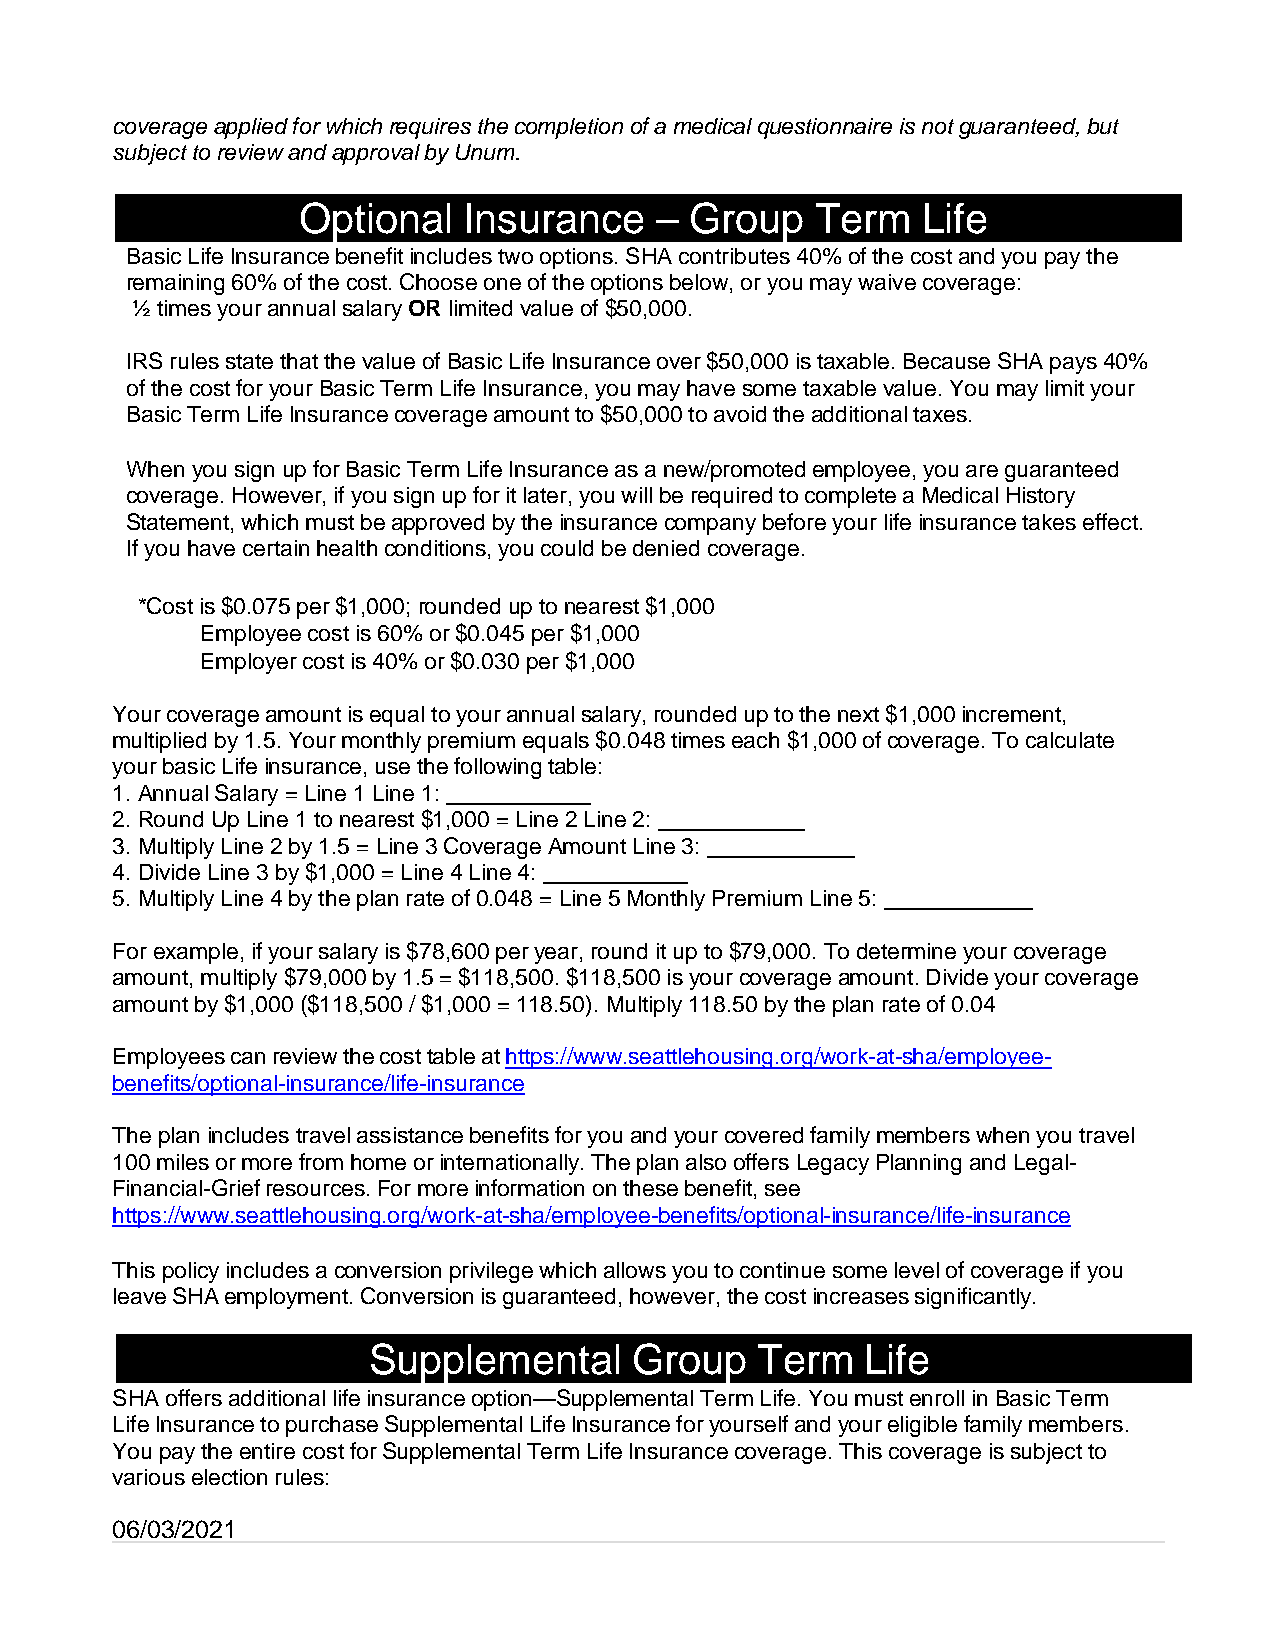
coverage applied for which requires the completion of a medical questionnaire is not guaranteed, but
 subject to review and approval by Unum.
 Optional   Insurance   –  Group   Term   Life
 Basic Life Insurance benefit includes two options. SHA contributes 40% of the cost and you pay the
 remaining 60% of the cost. Choose one of the options below, or you may waive coverage:
 ½ times your annual salary OR limited value of $50,000.
 IRS rules state that the value of Basic Life Insurance over $50,000 is taxable. Because SHA pays 40%
 of the cost for your Basic Term Life Insurance, you may have some taxable value. You may limit your
 Basic Term Life Insurance coverage amount to $50,000 to avoid the additional taxes.
 When you sign up for Basic Term Life Insurance as a new/promoted employee, you are guaranteed
 coverage. However, if you sign up for it later, you will be required to complete a Medical History
 Statement, which must be approved by the insurance company before your life insurance takes effect.
 If you have certain health conditions, you could be denied coverage.
 *Cost is $0.075 per $1,000; rounded up to nearest $1,000
 Employee cost is 60% or $0.045 per $1,000
 Employer cost is 40% or $0.030 per $1,000
 Your coverage amount is equal to your annual salary, rounded up to the next $1,000 increment,
 multiplied by 1.5. Your monthly premium equals $0.048 times each $1,000 of coverage. To calculate
 your basic Life insurance, use the following table:
 1. Annual Salary = Line 1 Line 1:
 2. Round Up Line 1 to nearest $1,000 = Line 2 Line 2:
 3. Multiply Line 2 by 1.5 = Line 3 Coverage Amount Line 3:
 4. Divide Line 3 by $1,000 = Line 4 Line 4:
 5. Multiply Line 4 by the plan rate of 0.048 = Line 5 Monthly Premium Line 5:
 For example, if your salary is $78,600 per year, round it up to $79,000. To determine your coverage
 amount, multiply $79,000 by 1.5 = $118,500. $118,500 is your coverage amount. Divide your coverage
 amount by $1,000 ($118,500 / $1,000 = 118.50). Multiply 118.50 by the plan rate of 0.04
 Employees can review the cost table at https://www.seattlehousing.org/work-at-sha/employee-
 benefits/optional-insurance/life-insurance
 The plan includes travel assistance benefits for you and your covered family members when you travel
 100 miles or more from home or internationally. The plan also offers Legacy Planning and Legal-
 Financial-Grief resources. For more information on these benefit, see
 https://www.seattlehousing.org/work-at-sha/employee-benefits/optional-insurance/life-insurance
 This policy includes a conversion privilege which allows you to continue some level of coverage if you
 leave SHA employment. Conversion is guaranteed, however, the cost increases significantly.
 Supplemental      Group   Term   Life
 SHA offers additional life insurance option—Supplemental Term Life. You must enroll in Basic Term
 Life Insurance to purchase Supplemental Life Insurance for yourself and your eligible family members.
 You pay the entire cost for Supplemental Term Life Insurance coverage. This coverage is subject to
 various election rules:
 06/03/2021